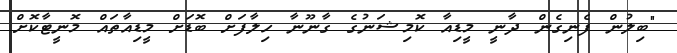
"ބިލުން ފެނިގެން ދާނީ މީޑިއާ ކޮމިޝަނުގެ ގާނޫނާ ހިލާފަށް ބޮޑަށް މީޑިއާތައް މޮނީޓާކޮށް